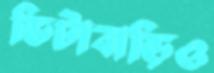
ভিটাবাড়িও